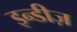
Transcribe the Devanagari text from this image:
इन्डीज़